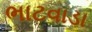
ભાટવાડા